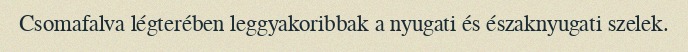
Csomafalva légterében leggyakoribbak a nyugati és északnyugati szelek.